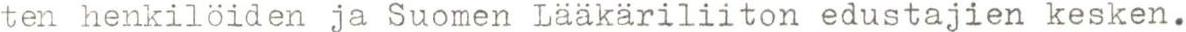
ten henkilöiden ja Suomen Lääkäriliiton edustajien kesken.